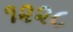
૧૨૨૮